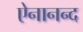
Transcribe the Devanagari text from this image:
ऐनानन्द